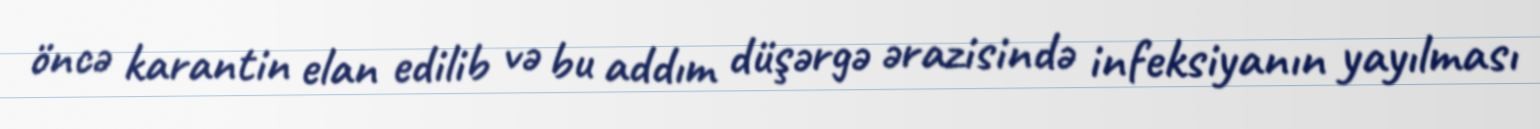
öncə karantin elan edilib və bu addım düşərgə ərazisində infeksiyanın yayılması